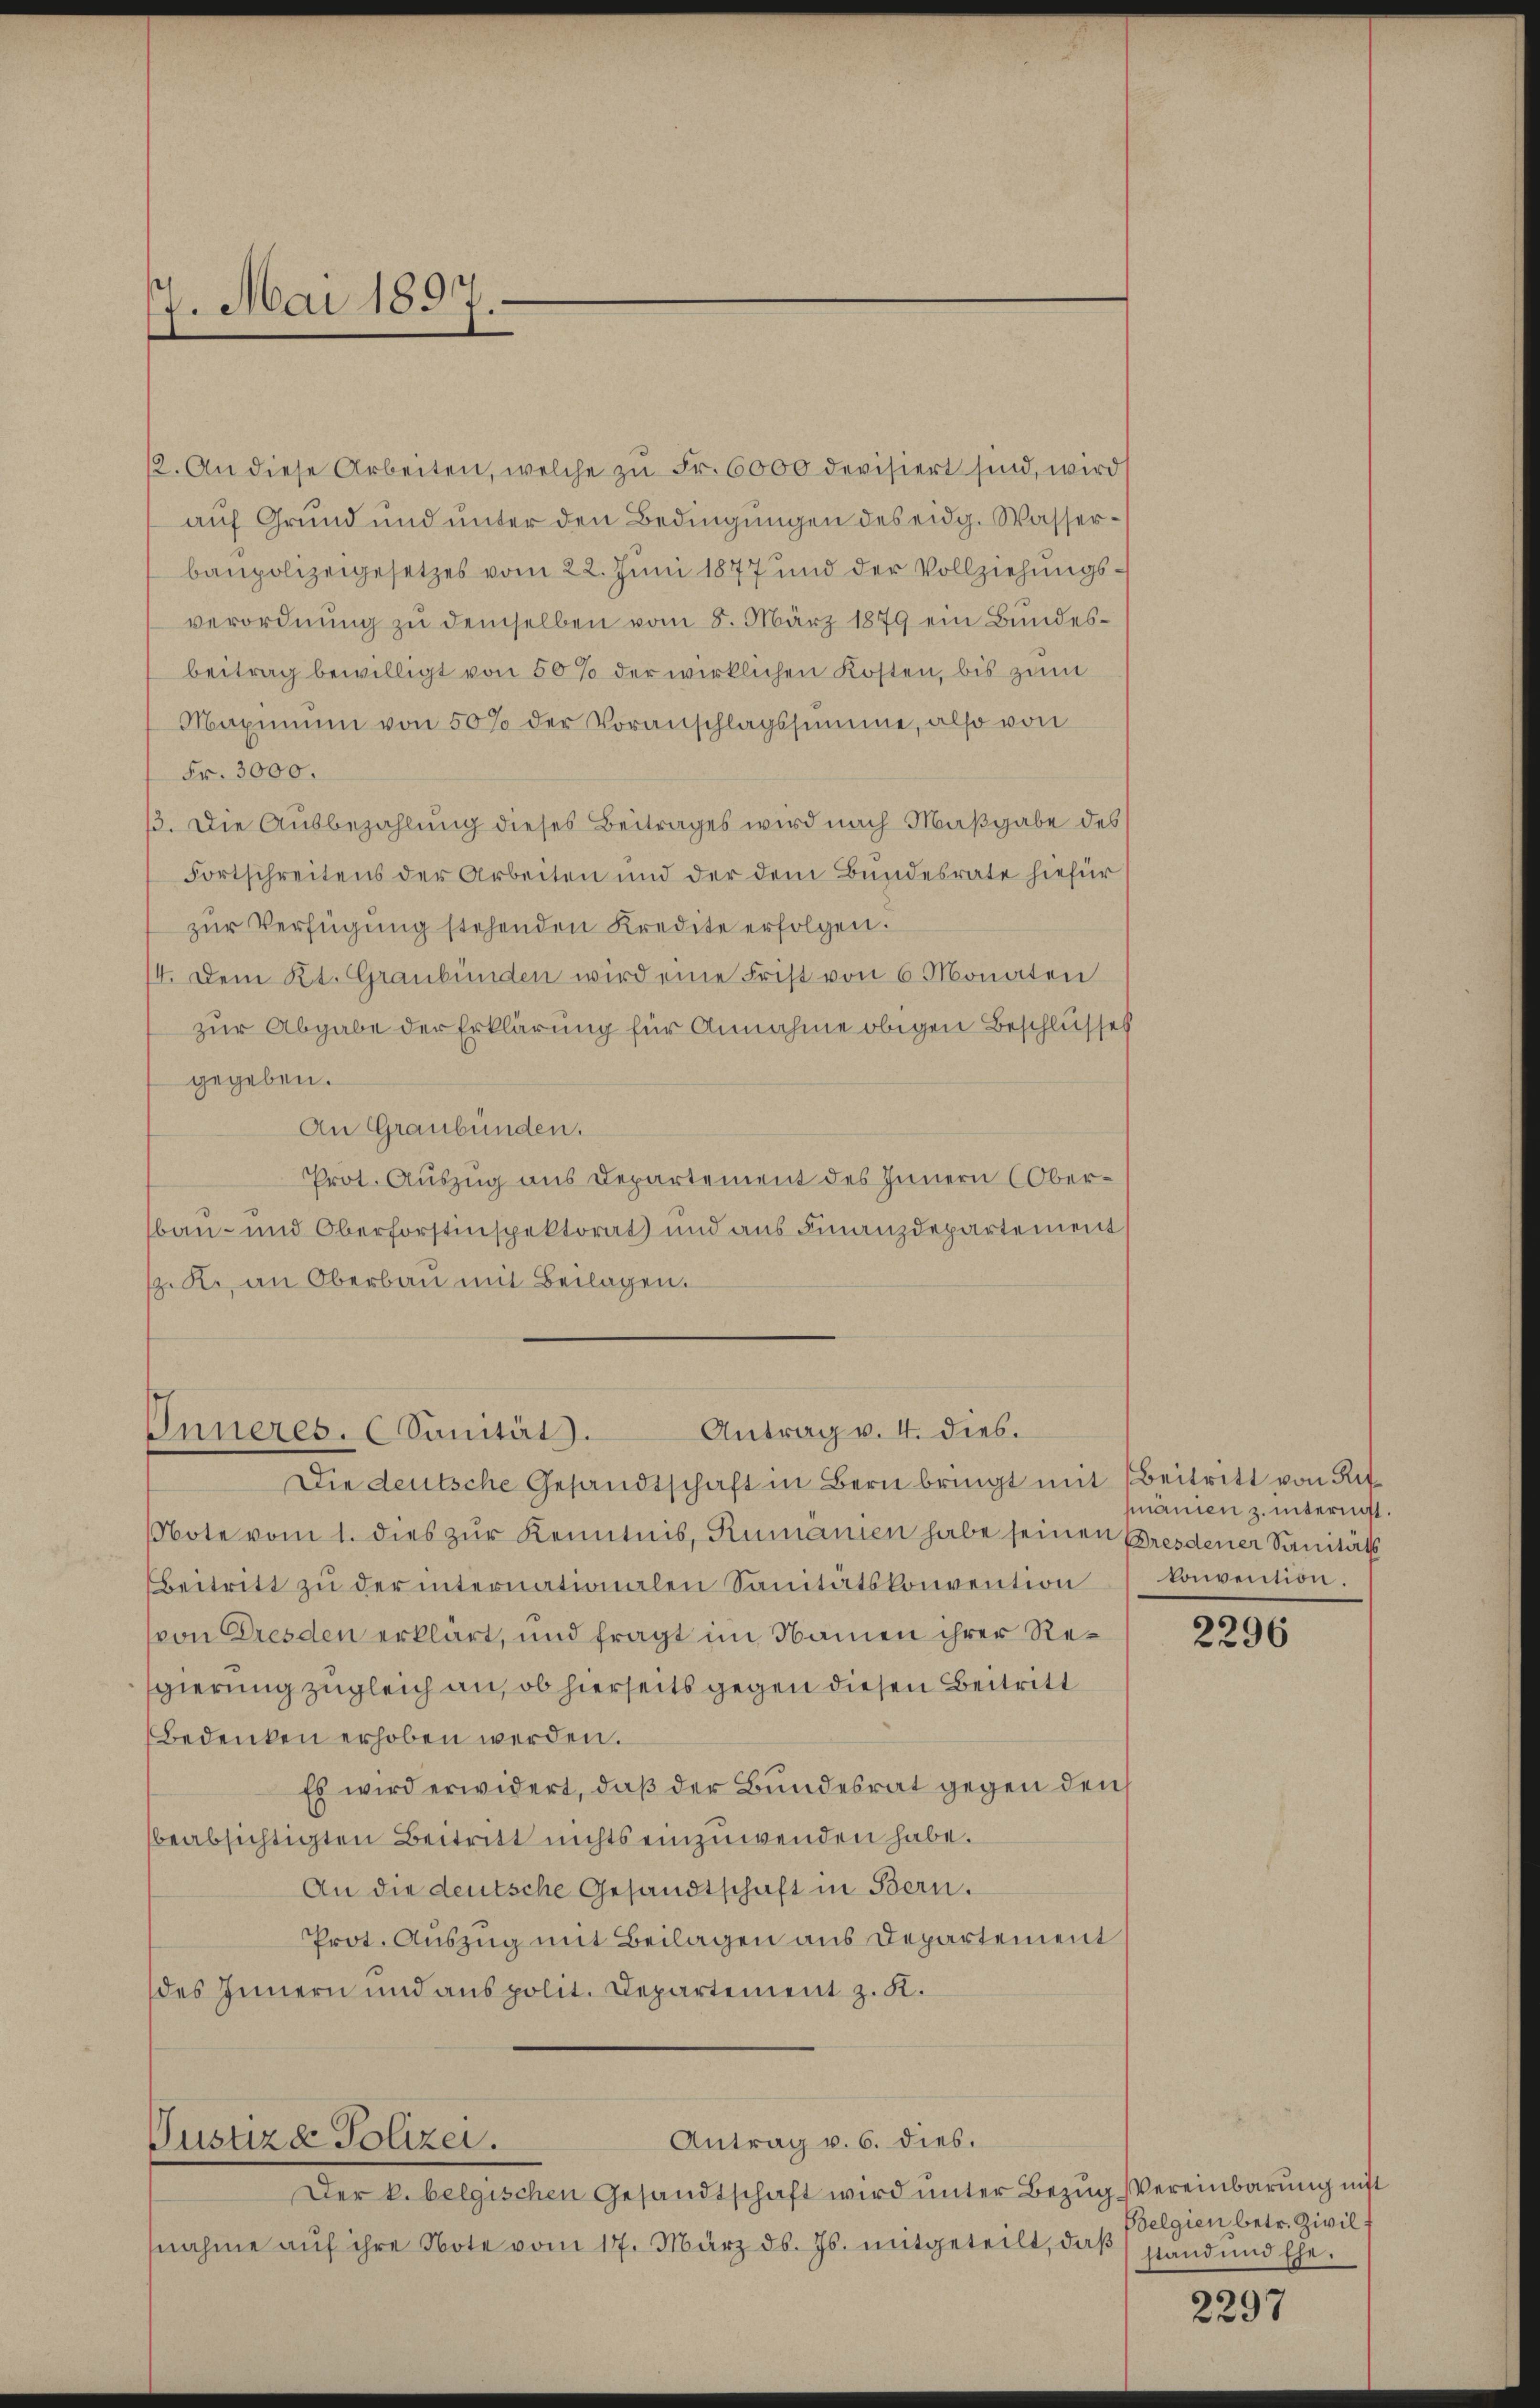
7. Mai 1897.

12. An diese Arbeiten, welche zŭ Fr. 6000 devisiert sind, wird
auf Grund und unter den Bedingungen des eidg. Wasserbaupolizeigesetzes vom 22. Juni 1877 und der Vollziehungsverordnung zu demselben vom 8. März 1879 ein Bundesbeitrag bewilligt von 50 % der wirklichen Kosten, bis zum
Maximum von 50% der Voranschlagssumme, also von
Fr. 3000.
13. Die Ausbezahlung dieses Beitrages wird nach Maßgabe des
Fortschreitens der Arbeiten und der dem Bundesrate hiefür
zŭr Verfügung stehenden Kredite erfolgen.
4. Dem Kt. Graubünden wird eine Frist von 6 Monaten
zur Abgabe der Erklärung für Annahme obigen Beschlusses
gegeben.
An Graubünden.
Prot. Auszug aus Departement des Innern Oberbau- und Oberforstinspektorat und aus Finanzdepartement
1. Kr. an Oberbau mit Beilagen.

Antrag v. 4. dies.
Inneres. (Sanität).

Die deutsche Gesandtschaft in Bern bringt mit Beitritt von Rit¬
Note vom 1. dies zur Kenntnis, Rumänien habe seinen Bresdener Sanitäts
Beitritt zŭ der internationalen Sanitätskonvention konvention.
von Dresden erklärt, und fragt im Namen ihrer Regierung zugleich an, ob hierseits gegen diesen Beitritt
Bedenken erhoben werden.
Es wird erwidert, daß der Bundesrat gegen den
beabsichtigten Beitritt nichts einzuwenden habe.
An die deutsche Gesandtschaft in Bern.
Prot. Auszug mit Beilagen aus Departement
des Innern und aus polit. Departement z. K.

Antrag v. 6. dies.
Justiz & Polizei.

Der k. belgischen Gesandtschaft wird unter Bezug Vereinbarung nicht
nahme auf ihre Note vom 17. März d. Js. mitgeteilt, daß

mänien z. internist.

2296

Belgien betr. Zivil f
stand und Ehe.

2297